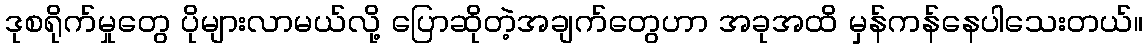
ဒုစရိုက်မှုတွေ ပိုများလာမယ်လို့ ပြောဆိုတဲ့အချက်တွေဟာ အခုအထိ မှန်ကန်နေပါသေးတယ်။